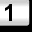
Digit: 1